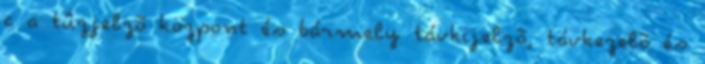
c a tûzjelzõ központ és bármely távkijelzõ, távkezelõ és